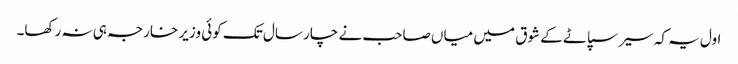
اول یہ کہ سیر سپاٹے کے شوق میں میاں صاحب نے چار سال تک کوئی وزیر خارجہ ہی نہ رکھا۔